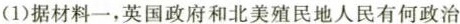
(1)据材料一，英国政府和北美殖民地人民有何政治